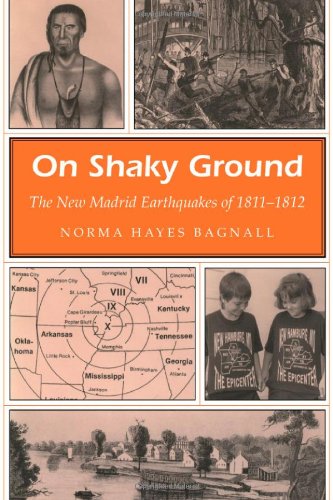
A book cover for On Shaky Ground: The New Madrid Earthquakes of 1811-1812 (MISSOURI HERITAGE READERS); Norma Hayes Bagnall; Science & Math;